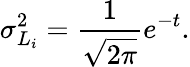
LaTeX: \sigma_{L_{i}}^{2}=\frac{1}{\sqrt{2\pi}}e^{-t}.